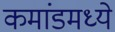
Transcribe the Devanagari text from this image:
कमांडमध्ये